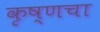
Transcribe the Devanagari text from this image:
कृष्णचा